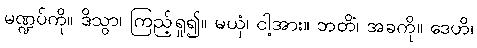
မဏ္ဍပ်ကို။ ဒိသွာ၊ ကြည့်ရှု၍။ မယှံ၊ ငါ့အား။ ဘတိံ၊ အခကို။ ဒေဟိ၊